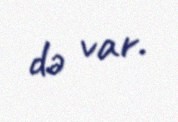
də var.